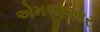
એમજીઆર